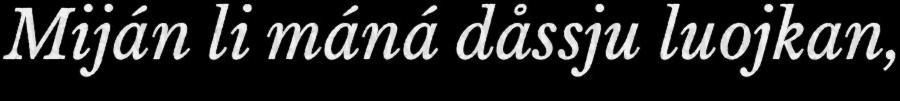
Miján li máná dåssju luojkan,